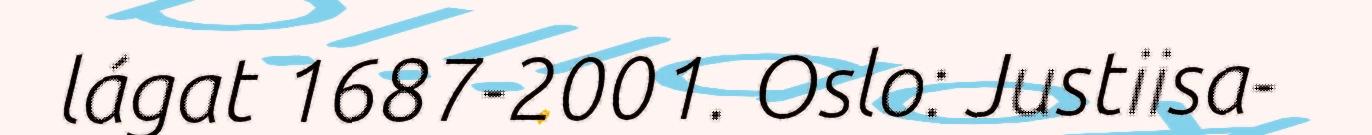
lágat 1687-2001. Oslo: Justiisa-